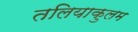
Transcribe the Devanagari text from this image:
तलियाकुलम